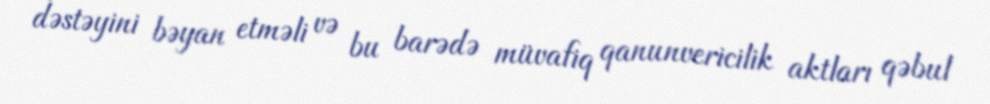
dəstəyini bəyan etməli və bu barədə müvafiq qanunvericilik aktları qəbul